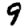
Digit: 9